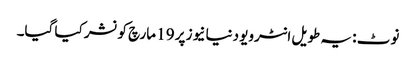
نوٹ : یہ طویل انٹرویو دنیا نیوز پر 19 مارچ کو نشر کیا گیا۔